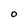
Character: O